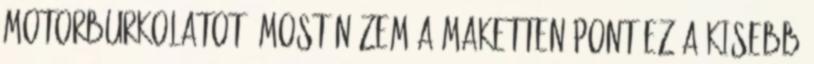
motorburkolatot. Most nézem a maketten pont ez a kisebb